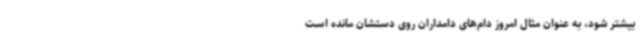
بیشتر شود، به عنوان مثال امروز دام‌های دامداران روی دستشان مانده است